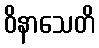
ဝိနာသေတိ